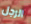
الرجل